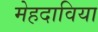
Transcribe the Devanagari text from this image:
मेहदाविया